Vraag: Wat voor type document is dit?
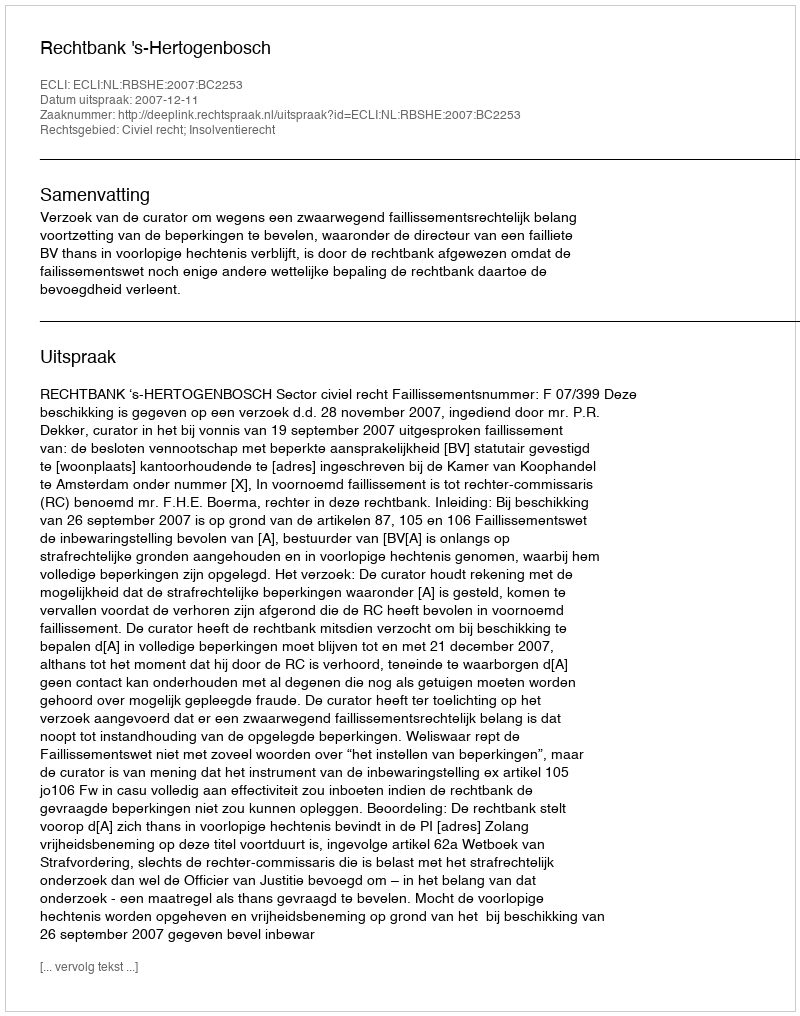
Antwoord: Uitspraak